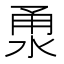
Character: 𣵳